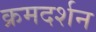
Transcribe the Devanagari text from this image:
क्रमदर्शन